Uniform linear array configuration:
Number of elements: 8
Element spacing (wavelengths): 0.75
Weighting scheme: kaiser
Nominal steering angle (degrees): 0
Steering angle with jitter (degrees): -1.2
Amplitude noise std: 0.05
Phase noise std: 0.05

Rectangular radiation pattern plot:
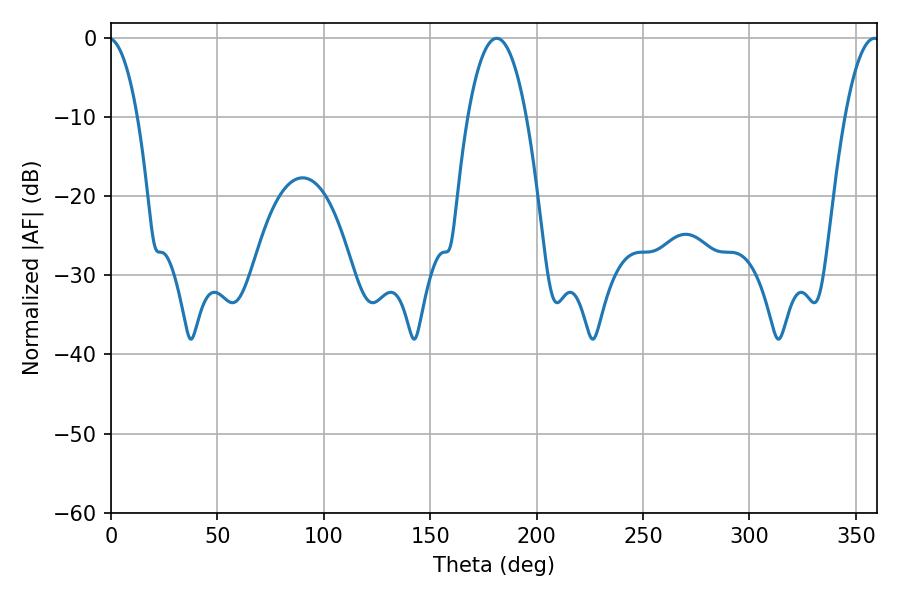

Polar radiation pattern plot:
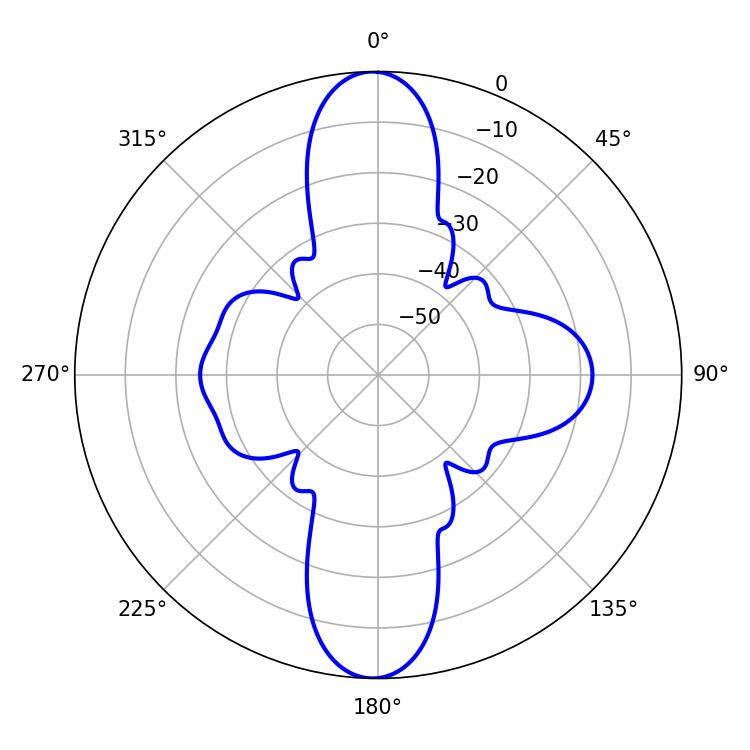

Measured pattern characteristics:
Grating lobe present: TRUE
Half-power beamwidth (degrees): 15.12
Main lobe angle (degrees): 181.26